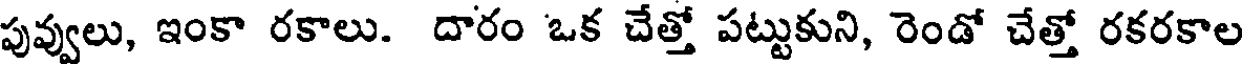
పువ్వులు, ఇంకా రకాలు. దారం ఒక చేత్తో పట్టుకుని, రెండో చేత్తో రకరకాల